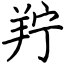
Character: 羜